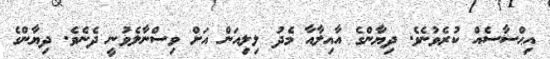
އިޙްސާސެއް ކުރެވުނެވެ. ދިޔާންގެ އާއިލާއާ މެދު ލިލިއަން އަށް ވިސްނާލެވުނީ ދެނެވެ. ދިޔާންގެ